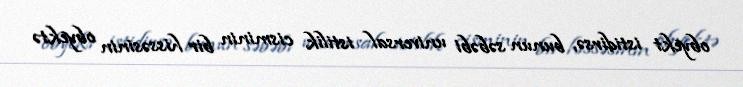
obyekt istidirsə, bunun səbəbi universal istilik cisminin bir hissəsinin obyektə